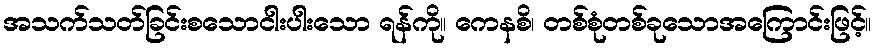
အသက်သတ်ခြင်းစသောငါးပါးသော ရန်ကို။ ကေနစိ၊ တစ်စုံတစ်ခုသောအကြောင်းဖြင့်။